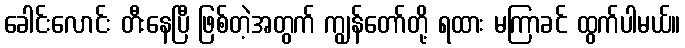
ခေါင်းလောင်း တီးနေပြီ ဖြစ်တဲ့အတွက် ကျွန်တော်တို့ ရထား မကြာခင် ထွက်ပါမယ်။